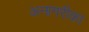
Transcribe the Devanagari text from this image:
अनागरीका